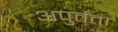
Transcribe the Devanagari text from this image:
अपुर्तता